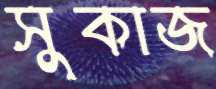
সুকাজ